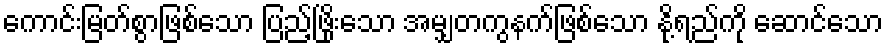
ကောင်းမြတ်စွာဖြစ်သော ပြည့်ဖြိုးသော အမျှတကွနက်ဖြစ်သော နို့ရည်ကို ဆောင်သော